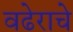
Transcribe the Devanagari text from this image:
वढेराचे